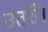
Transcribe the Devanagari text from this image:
उतरीं।